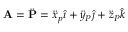
\mathbf { A } = { \ddot { \mathbf { P } } } = { \ddot { x } } _ { p } { \hat { \imath } } + { \ddot { y } } _ { P } { \hat { \jmath } } + { \ddot { z } } _ { P } { \hat { k } }